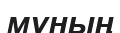
мұның